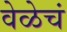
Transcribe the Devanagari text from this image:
वेळेचं